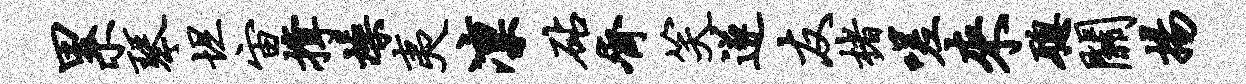
累琴坦宙撑燥夷凛砧齐笑遂友楮嗟来聪关扬